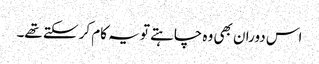
اس دوران بھی وہ چاہتے تو یہ کام کر سکتے تھے۔